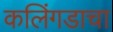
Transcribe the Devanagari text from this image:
कलिंगडाचा